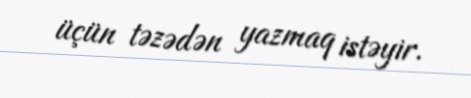
üçün təzədən yazmaq istəyir.